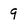
Character: 9